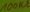
Text: 100kΩ